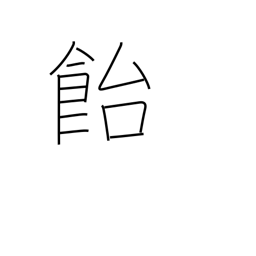
Meaning: candy